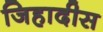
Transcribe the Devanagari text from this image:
जिहादीस